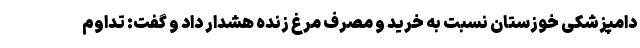
دامپزشکی خوزستان نسبت به خرید و مصرف مرغ زنده هشدار داد و گفت: تداوم